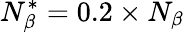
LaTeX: N_{\beta}^{*}=0.2\times N_{\beta}